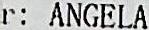
R: ANGELA